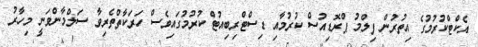
އެކްޓްކުރުމުގެ އިތުރުން ފިލްމު ޕްރޮޑިއުސް ކުރުމާއި ޑިސްޓްރިބިއުޓް ކުރުމުގައިވެސް ހަރަކާތްތެރިވާ ސަލްމާންވަނީ މިހާރު